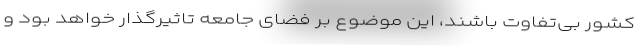
کشور بی‌تفاوت باشند، این موضوع بر فضای جامعه تاثیرگذار خواهد بود و